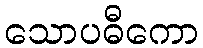
သောပဓီကော